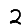
Digit: 2